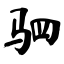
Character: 驷